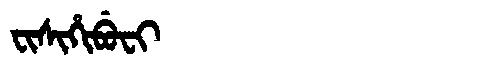
Manchu: ᠸᡳᠰᡳᡥᡳᠪᡠᠸᡳ
Romanization: FISIHIBUFI